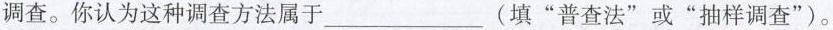
调查。你认为这种调查方法属于___( 填 ” 普查法 ” 或 ” 抽样调查 ” )。